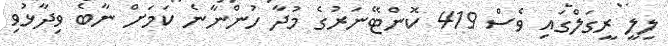
ލިލީ ރީގަލްގައި ވެސް 419 ކޮންޓޭނަރުގެ މުދާ ހުންނާނެ ކަމަށް ނާބެ ވިދާޅުވި